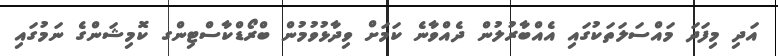
އަދި މިފަދަ މައްސަލަތަކުގައި އެއްބާރުލުން ދެއްވާނެ ކަމަށް ވިދާޅުވުމުން ބްރޯޑްކާސްޓިންގ ކޮމިޝަންގެ ނަމުގައި